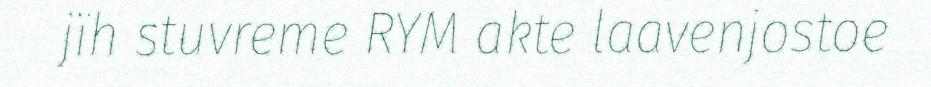
jïh stuvreme RYM akte laavenjostoe